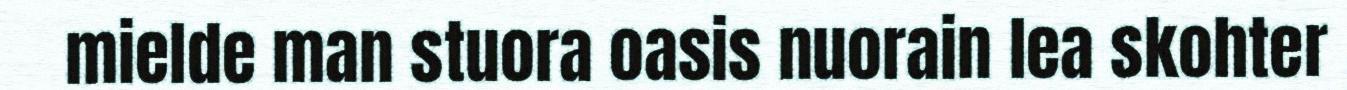
mielde man stuora oasis nuorain lea skohter